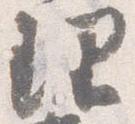
理